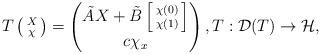
LaTeX: \begin{align*}T \left( \begin{smallmatrix} X \\ \chi \end{smallmatrix} \right) = \left( \begin{matrix} \tilde{A} X + \tilde{B} \left[ \begin{smallmatrix} \chi(0) \\ \chi(1) \end{smallmatrix} \right] \\ c \chi_x \end{matrix} \right), T: \mathcal{D}(T) \to \mathcal{H},\end{align*}